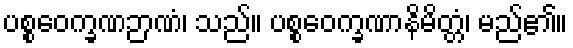
ပစ္စဝေက္ခဏဉာဏံ၊ သည်။ ပစ္စဝေက္ခဏာနိမိတ္တံ၊ မည်၏။